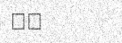
١٨